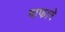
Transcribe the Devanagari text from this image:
वाफारे